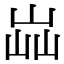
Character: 𡷈